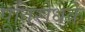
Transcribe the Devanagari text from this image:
पूतिरोधके